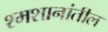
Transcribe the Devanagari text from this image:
श्मशानांतील